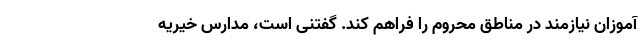
آموزان نیازمند در مناطق محروم را فراهم کند. گفتنی است، مدارس خیریه